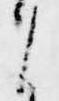
之